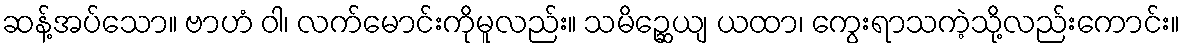
ဆန့်အပ်သော။ ဗာဟံ ဝါ၊ လက်မောင်းကိုမူလည်း။ သမိဉ္ဆေယျ ယထာ၊ ကွေးရာသကဲ့သို့လည်းကောင်း။